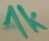
Text: 1K